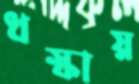
ধস্‌কায়